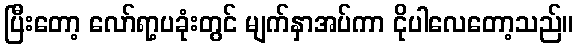
ပြီးတော့ လော်ရာ့ပခုံးတွင် မျက်နှာအပ်ကာ ငိုပါလေတော့သည်။